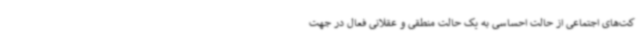
کت‌های اجتماعی از حالت احساسی به یک حالت منطقی و عقلانی فعال در جهت